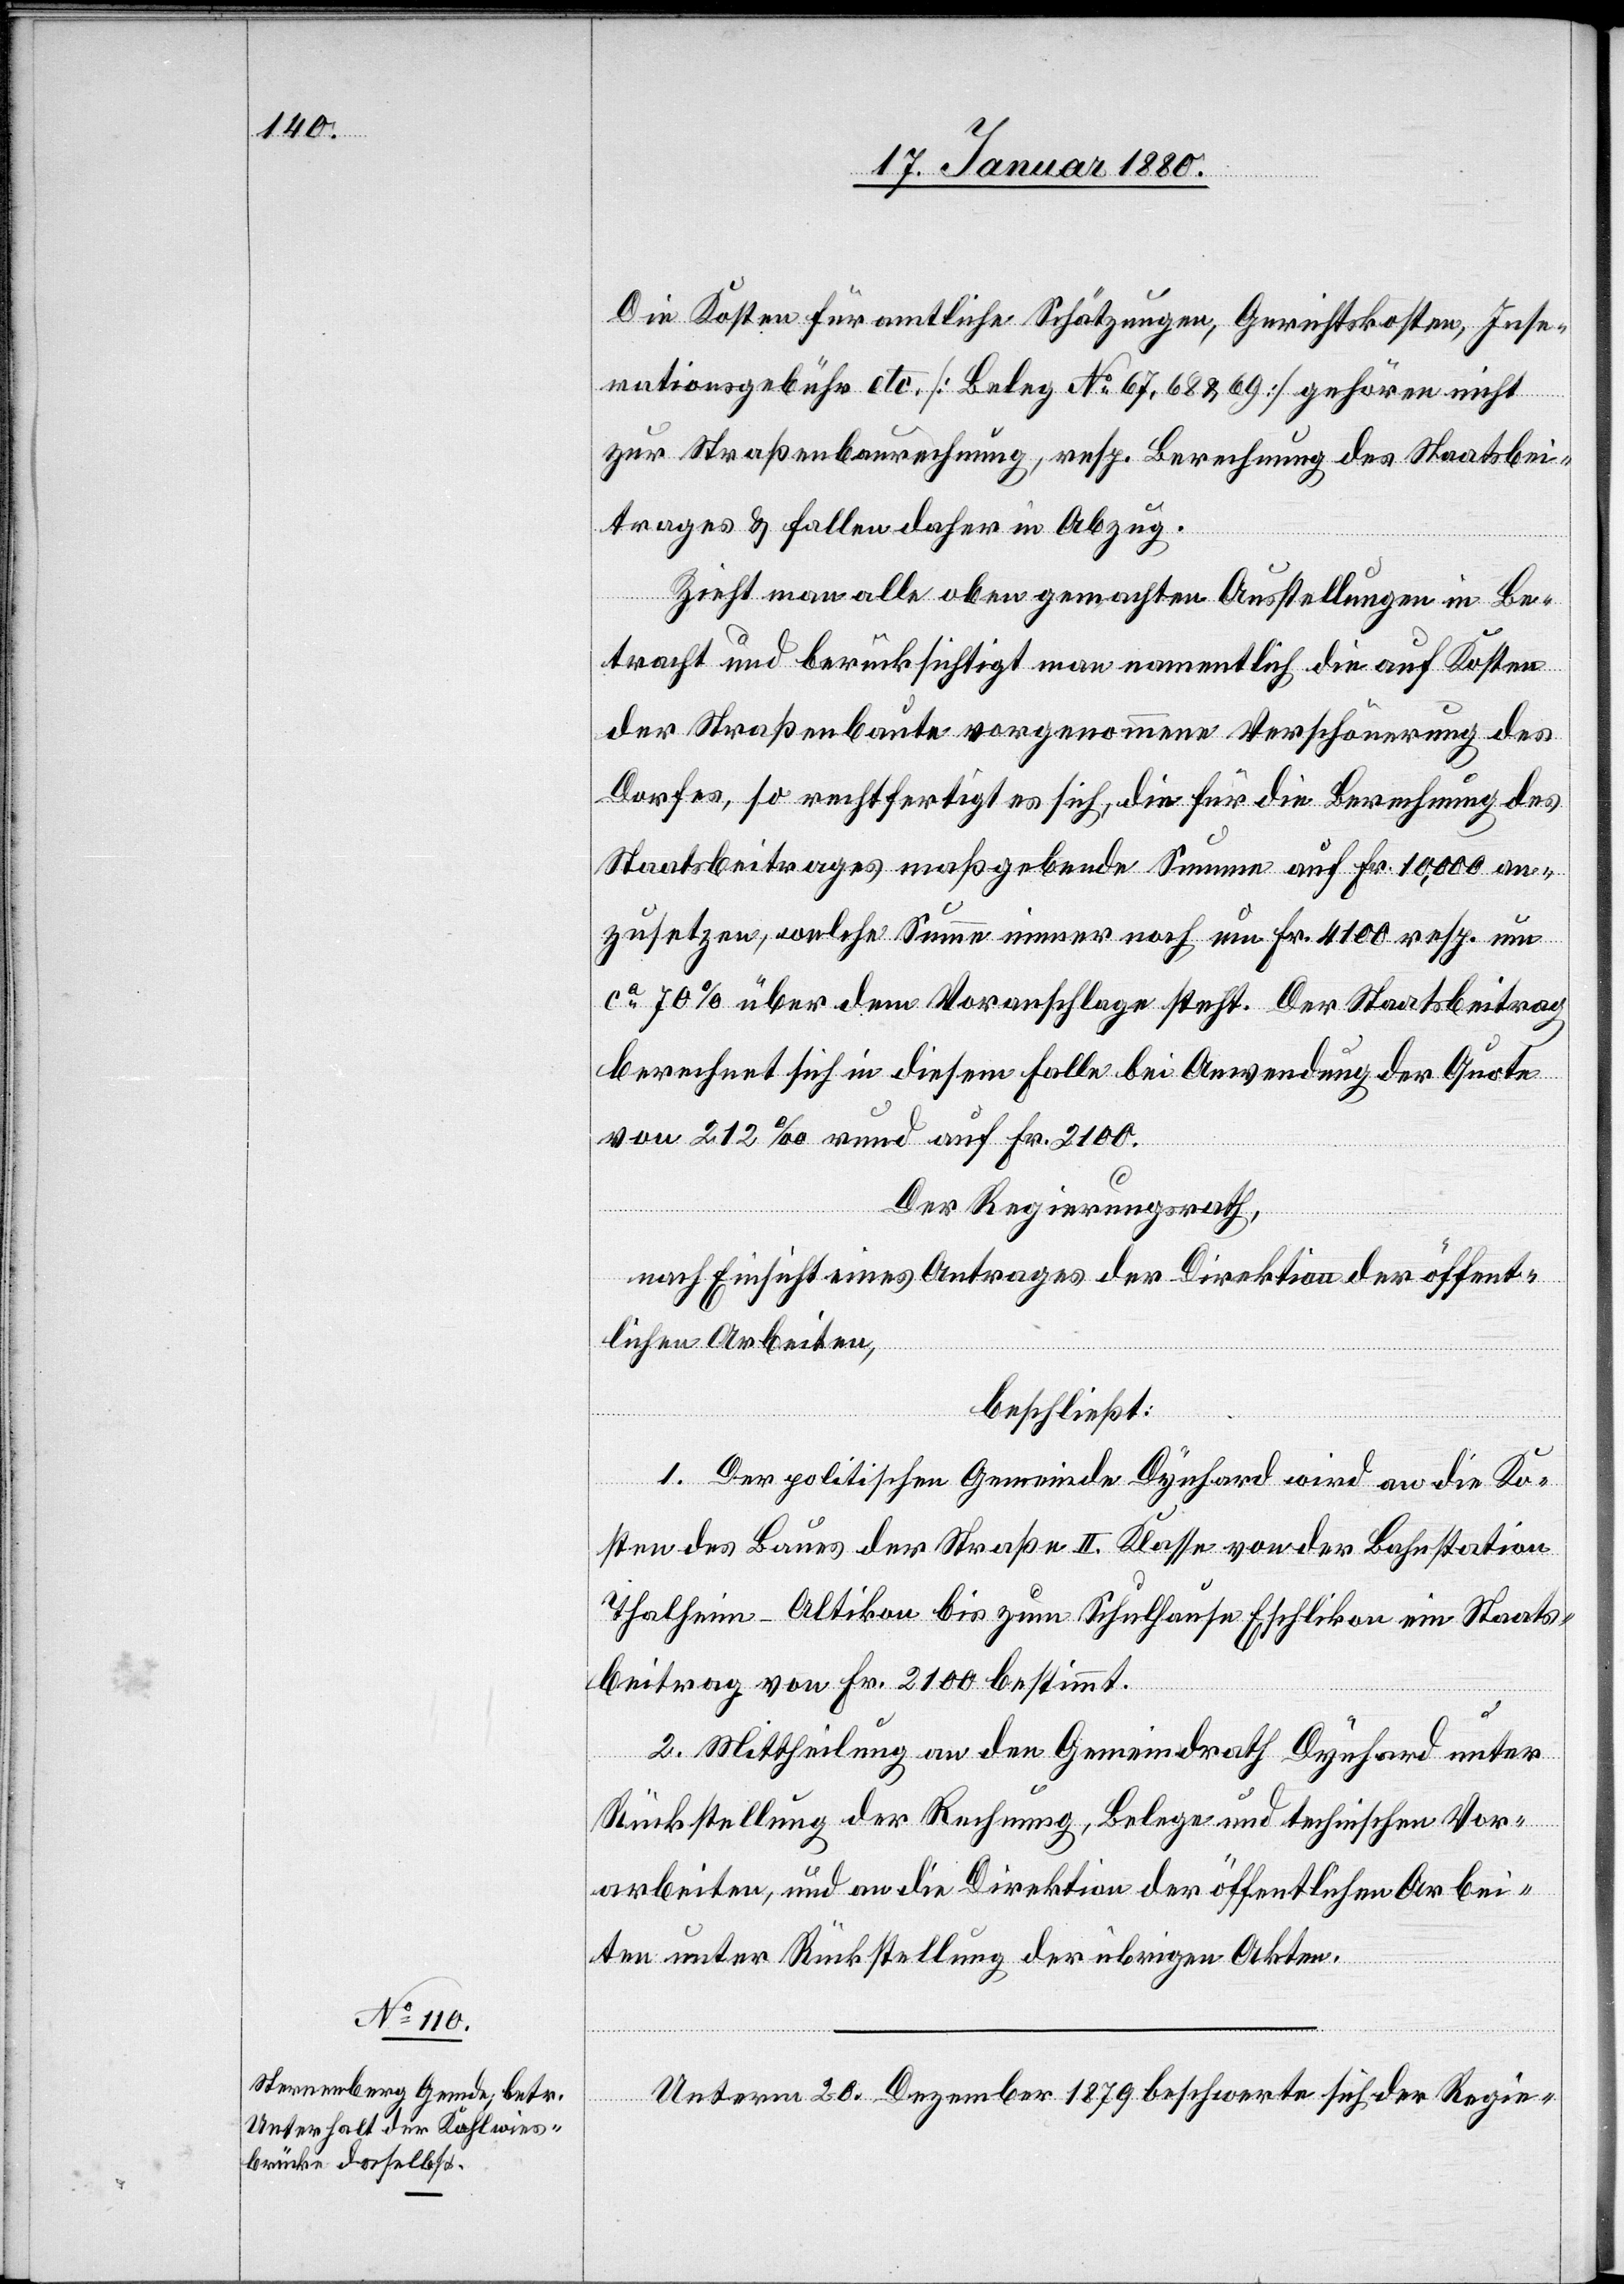
Die Kosten für amtliche Schätzungen, Gerichtskosten, Inse¬
rationsgebühr etc. [Beleg No 67, 68 & 69] gehören nicht
zur Straßenbaurechnung, resp. Berechnung des Staatsbei¬
trages & fallen daher in Abzug.
Zieht man alle oben gemachten Ausstellungen in Be¬
tracht und berücksichtigt man namentlich die auf Kosten
der Straßenbaute vorgenommene Verschönerung des
Dorfes, so rechtefertig es sich, die für die Berechnung des
Staatsbeitrages maßgebende Summe auf Fr. 10, 000 an¬
zusetzen, welche Summe immer noch um Fr. 4100 resp. um
ca 70% über dem Voranschlage steht. Der Staatsbeitrag
berechnet sich in diesem Falle bei Anwendung der Quote
von 212‰ rund auf Fr. 2100.
Der Regierungsrath,
nach Einsicht eines Antrages der Direktion der öffent¬
lichen Arbeiten,
beschließt:
1. Der politischen Gemeinde Dynhard wird an die Ko¬
sten des Baues der Straße II. Klasse von der Bahnstation
Thalheim-Altikon bis zum Schulhause Eschlikon ein Staats¬
beitrag von Fr. 2100 bestimmt.
2. Mittheilung an den Gemeindrath Dynhard unter
Rückstellung der Rechnung, Belege und technischen Vor¬
arbeiten, und an die Direktion der öffentlichen Arbei¬
ten unter Rückstellung der übrigen Akten.
Unterm 20. Dezember 1879 beschwerte sich der Regie-